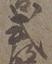
式